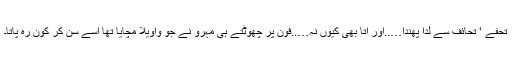
تحفے ‘ تحائف سے لدا پھندا…..اور آتا بھی کیوں نہ…..فون پر چھوٹتے ہی مہرو نے جو واویلا مچایا تھا اسے سن کر کون رہ پاتا۔